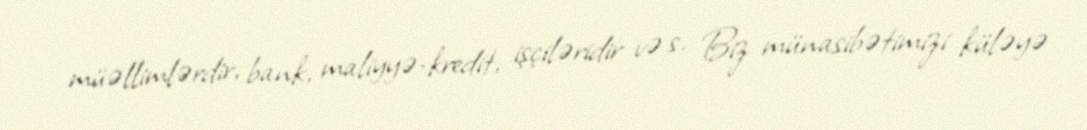
müəllimlərdir, bank, maliyyə-kredit, işçiləridir və s. Biz münasibətimizi küləyə